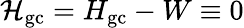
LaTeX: {\cal H}_{\mathrm{gc}}=H_{\mathrm{gc}}-W\equiv 0